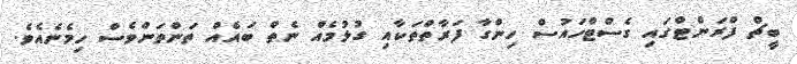
ބީޗް ފްރަންޓްގައިި ގެސްޓްހައުސް ހިންގާ ފަރާތްތަކާއި ގުޅުމެއް ނެތް ބައެއް ތަންތަންވެސް ހިމެނެއެވެ.